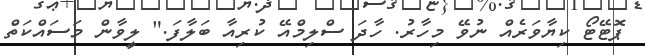
ޕޮޓޭޓޯ ކިޔާވަރެއް ނުވޭ މިހާރު. ހާދަ ސްލިމްއޭ ކުރިއާ ބަލާފަ." ލީވާން މަސައްކަތް